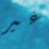
غير